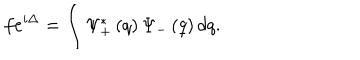
f e ^ { i \Delta } = \int \Psi _ { + } ^ { \ast } \left( q \right) \Psi _ { - } \left( q \right) d q .